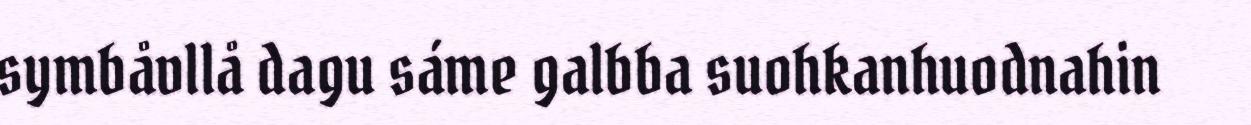
symbåvllå dagu sáme galbba suohkanhuodnahin